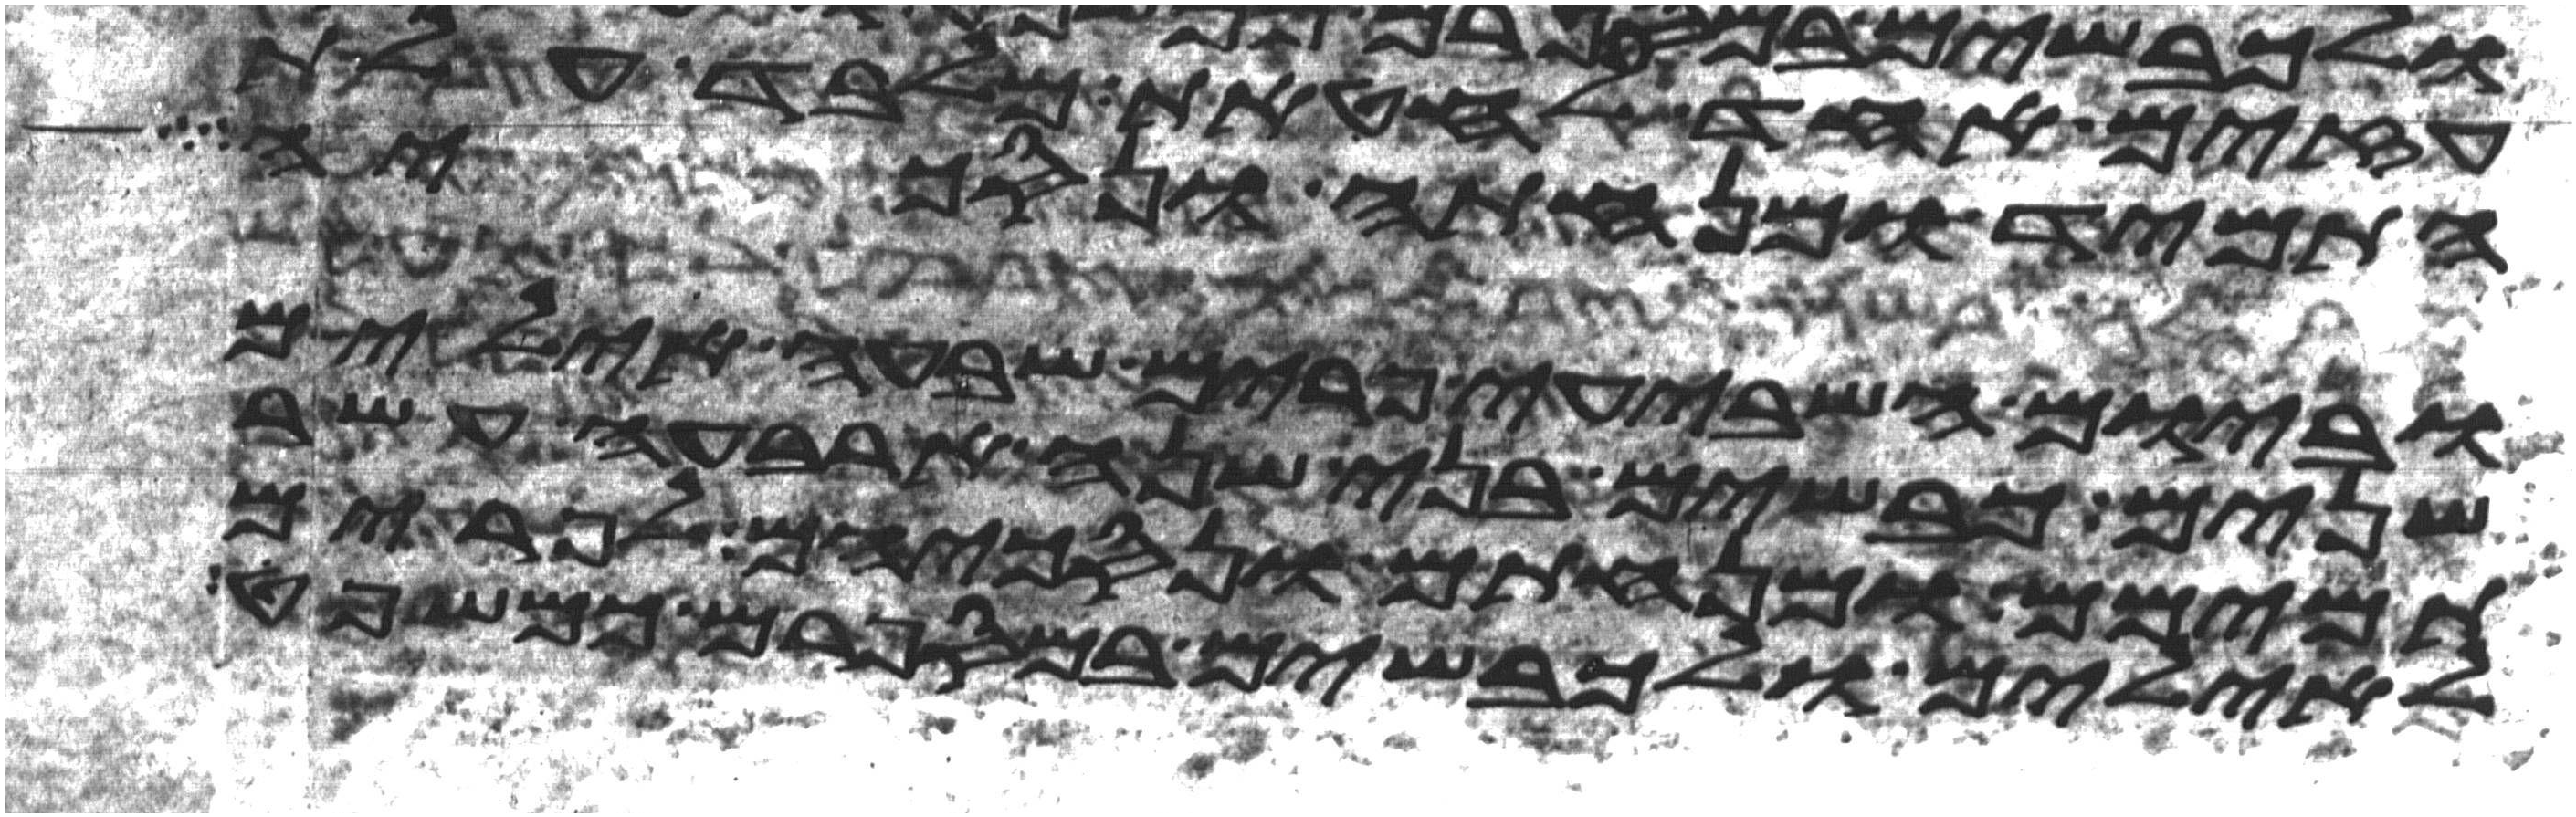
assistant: עזים אחד לחטאת מלבד עלת
התמיד ומנחתה ונסכיה
וביום השביעי פרים שבעה אילים
שנים כבשים בני שנה ארבעה עשר
תמימם ומנחתם ונסכיהם לפרים
לאילים ולכבשים במספרם כמשפט